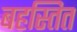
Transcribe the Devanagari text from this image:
बहस्तित